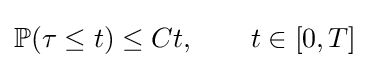
\mathbb {P} (\tau \leq t)\leq Ct,\qquad t\in [0,T]